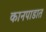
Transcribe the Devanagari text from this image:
कानपाडात